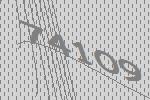
74109